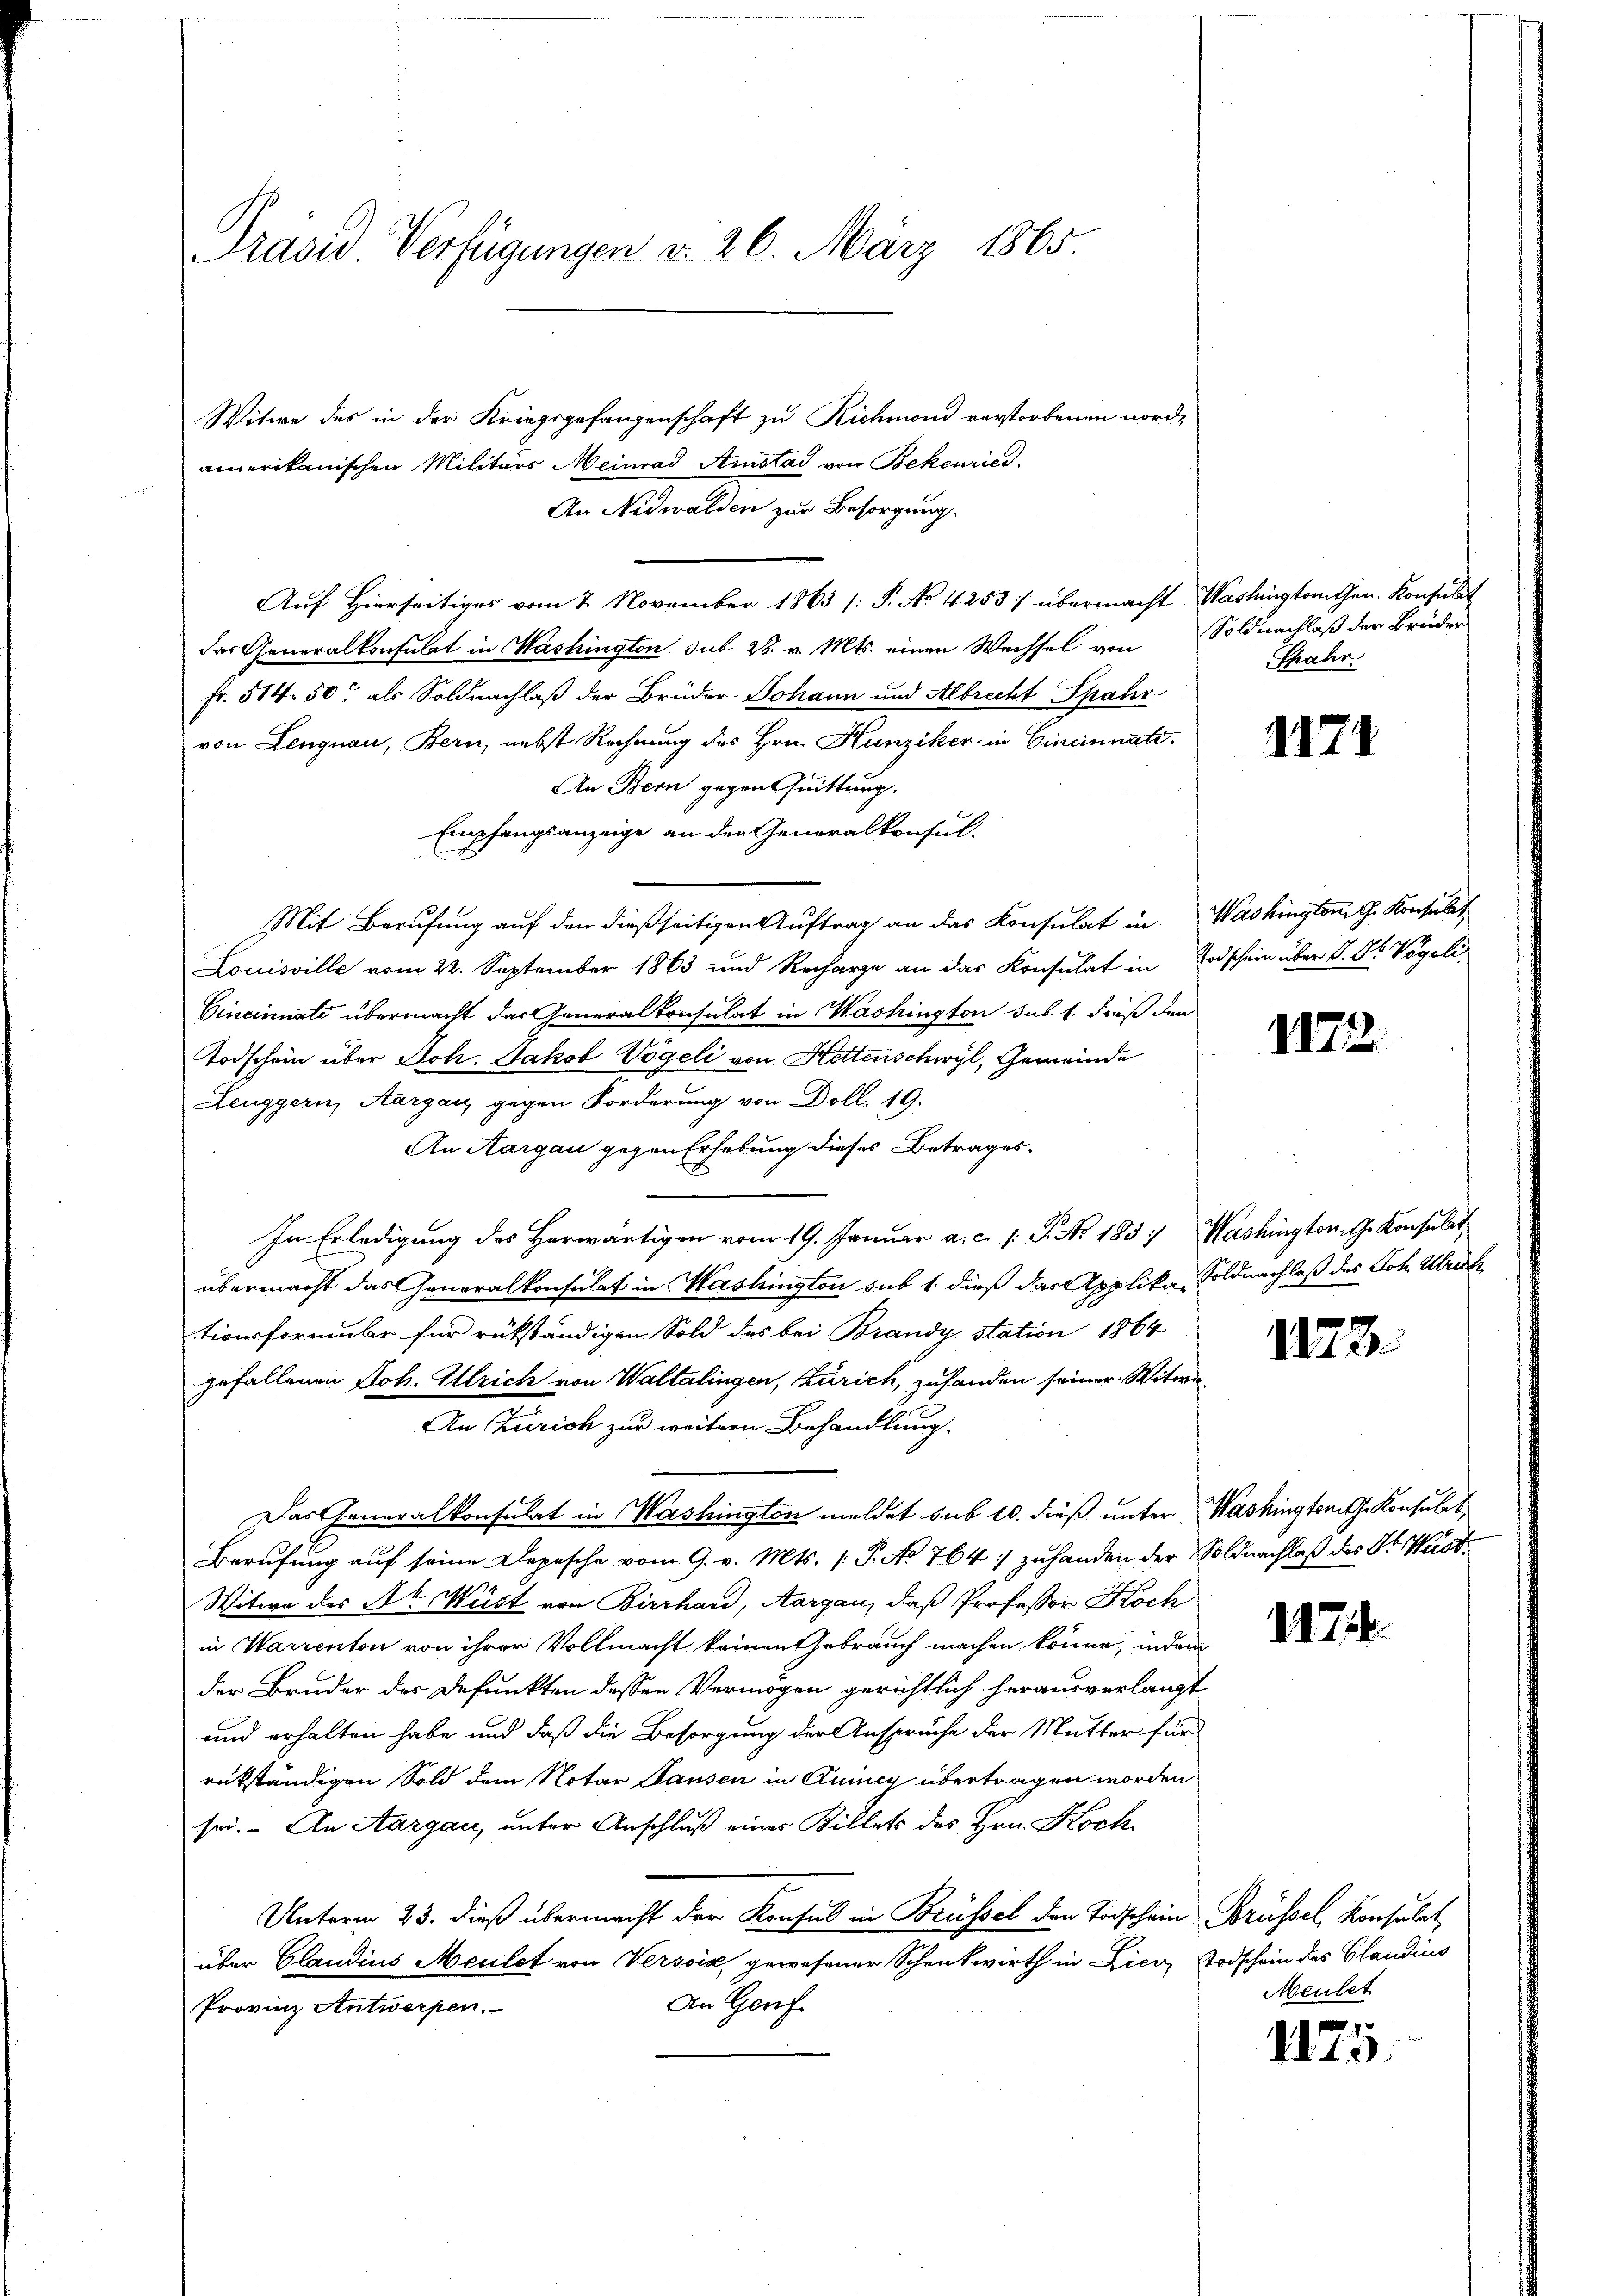
Präsid. Verfügungen d. 26. März 1865.

Witwe des in der Kriegsgefangenschaft zu Richmond verstorbenen nord-
amerikanischen Militärs Meinrad Amstad von Bekenric
An Nidwalden zur Besorgung.
Auf Hierseitiges vom 7. November 1863 (: P. No 4253/ übermacht Washingtonten. Konsulat
das Generalkonsulat in Washington sub 28. v. Mts. einen Wechsel von
Fr. 514. 50. als Soldnachlaß der Brüder Johann und Albrecht Spahr
von Lengnau, Bern, nebst Rechnung des Hrn. Hunziker in Cincinnatt.
An Bern gegent Quittung.
Empfangsanzeige an den Generalkonsul.
Mit Berufung auf den dießseitigen Auftrag an das Konsulat in Washington G. Konsulat
Louisville vom 22. September 1863 und Recharge an das Konsulat in Todschein über S. S. Vögeli¬
Cincinati übermacht das Generalkonsulat in Washington sub 1. Fuß den
Todschein über Joh. Jakob Vögeli von Kettenschwyl, Gemeinde
Leuggern, Aargau gegen Forderung von Doll. 19.
An Aargau gegen Erhebung dieses Betrages-
In Erledigung des Herwärtigen vom 19. Januar a. c. s. S. Nr. 185) Washington G. Konsulat
übermacht das Generalkonsulat in Washington sub 1. dieß das Applika, Soldnachlaß des Joh. Ulrich
tionsformule für rükständigen Sold des bei Brandy station 1864
gefallenen Joh. Ulrich von Waltalingen, Zürich, zufanden seiner Witwe
An Zürich zur weitern Behandlung.
Das Generalkonsulat in Washington meldet sub 10. dieß unter Washingtonis. Konsulat
Berufung auf seine Depesche vom 9. v. Mts. (T. No 764 zuhanden der Soldnachlaß des Dr. Wast
Witwe des Dr. Weist von Birrhard, Aargau, daß Professor Koch
in Warrenton von ihrer Vollmacht keinen Gebrauch machen könne, indem
der Bruder des Defunkten dessen Vermögen gerichtlich herausverlangt,
und erhalten habe und daß die Besorgung der Anspruche der Mutter für
rükständigen Sold dem Notar Tausen in Quincy übertragen worden
sei. - An Aargau, unter Anschluß eines Billets des Hrn. Koch
Unterm 25. dieß übermacht der Konsul in Brüssel den Todschein Brüssel, Konsulat
über Claudius Meulet von Versis gewesener Schenkwirth in Lier Todschein des Candins
An Genf.
Provinz Antwerpen.

Soldnachlaß der Brüder
Shabir

1171

1172.

1173.

1174

Meulet

1125.